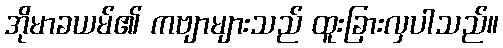
အိုမာခယမ်၏ ကဗျာများသည် ထူးခြားလှပါသည်။